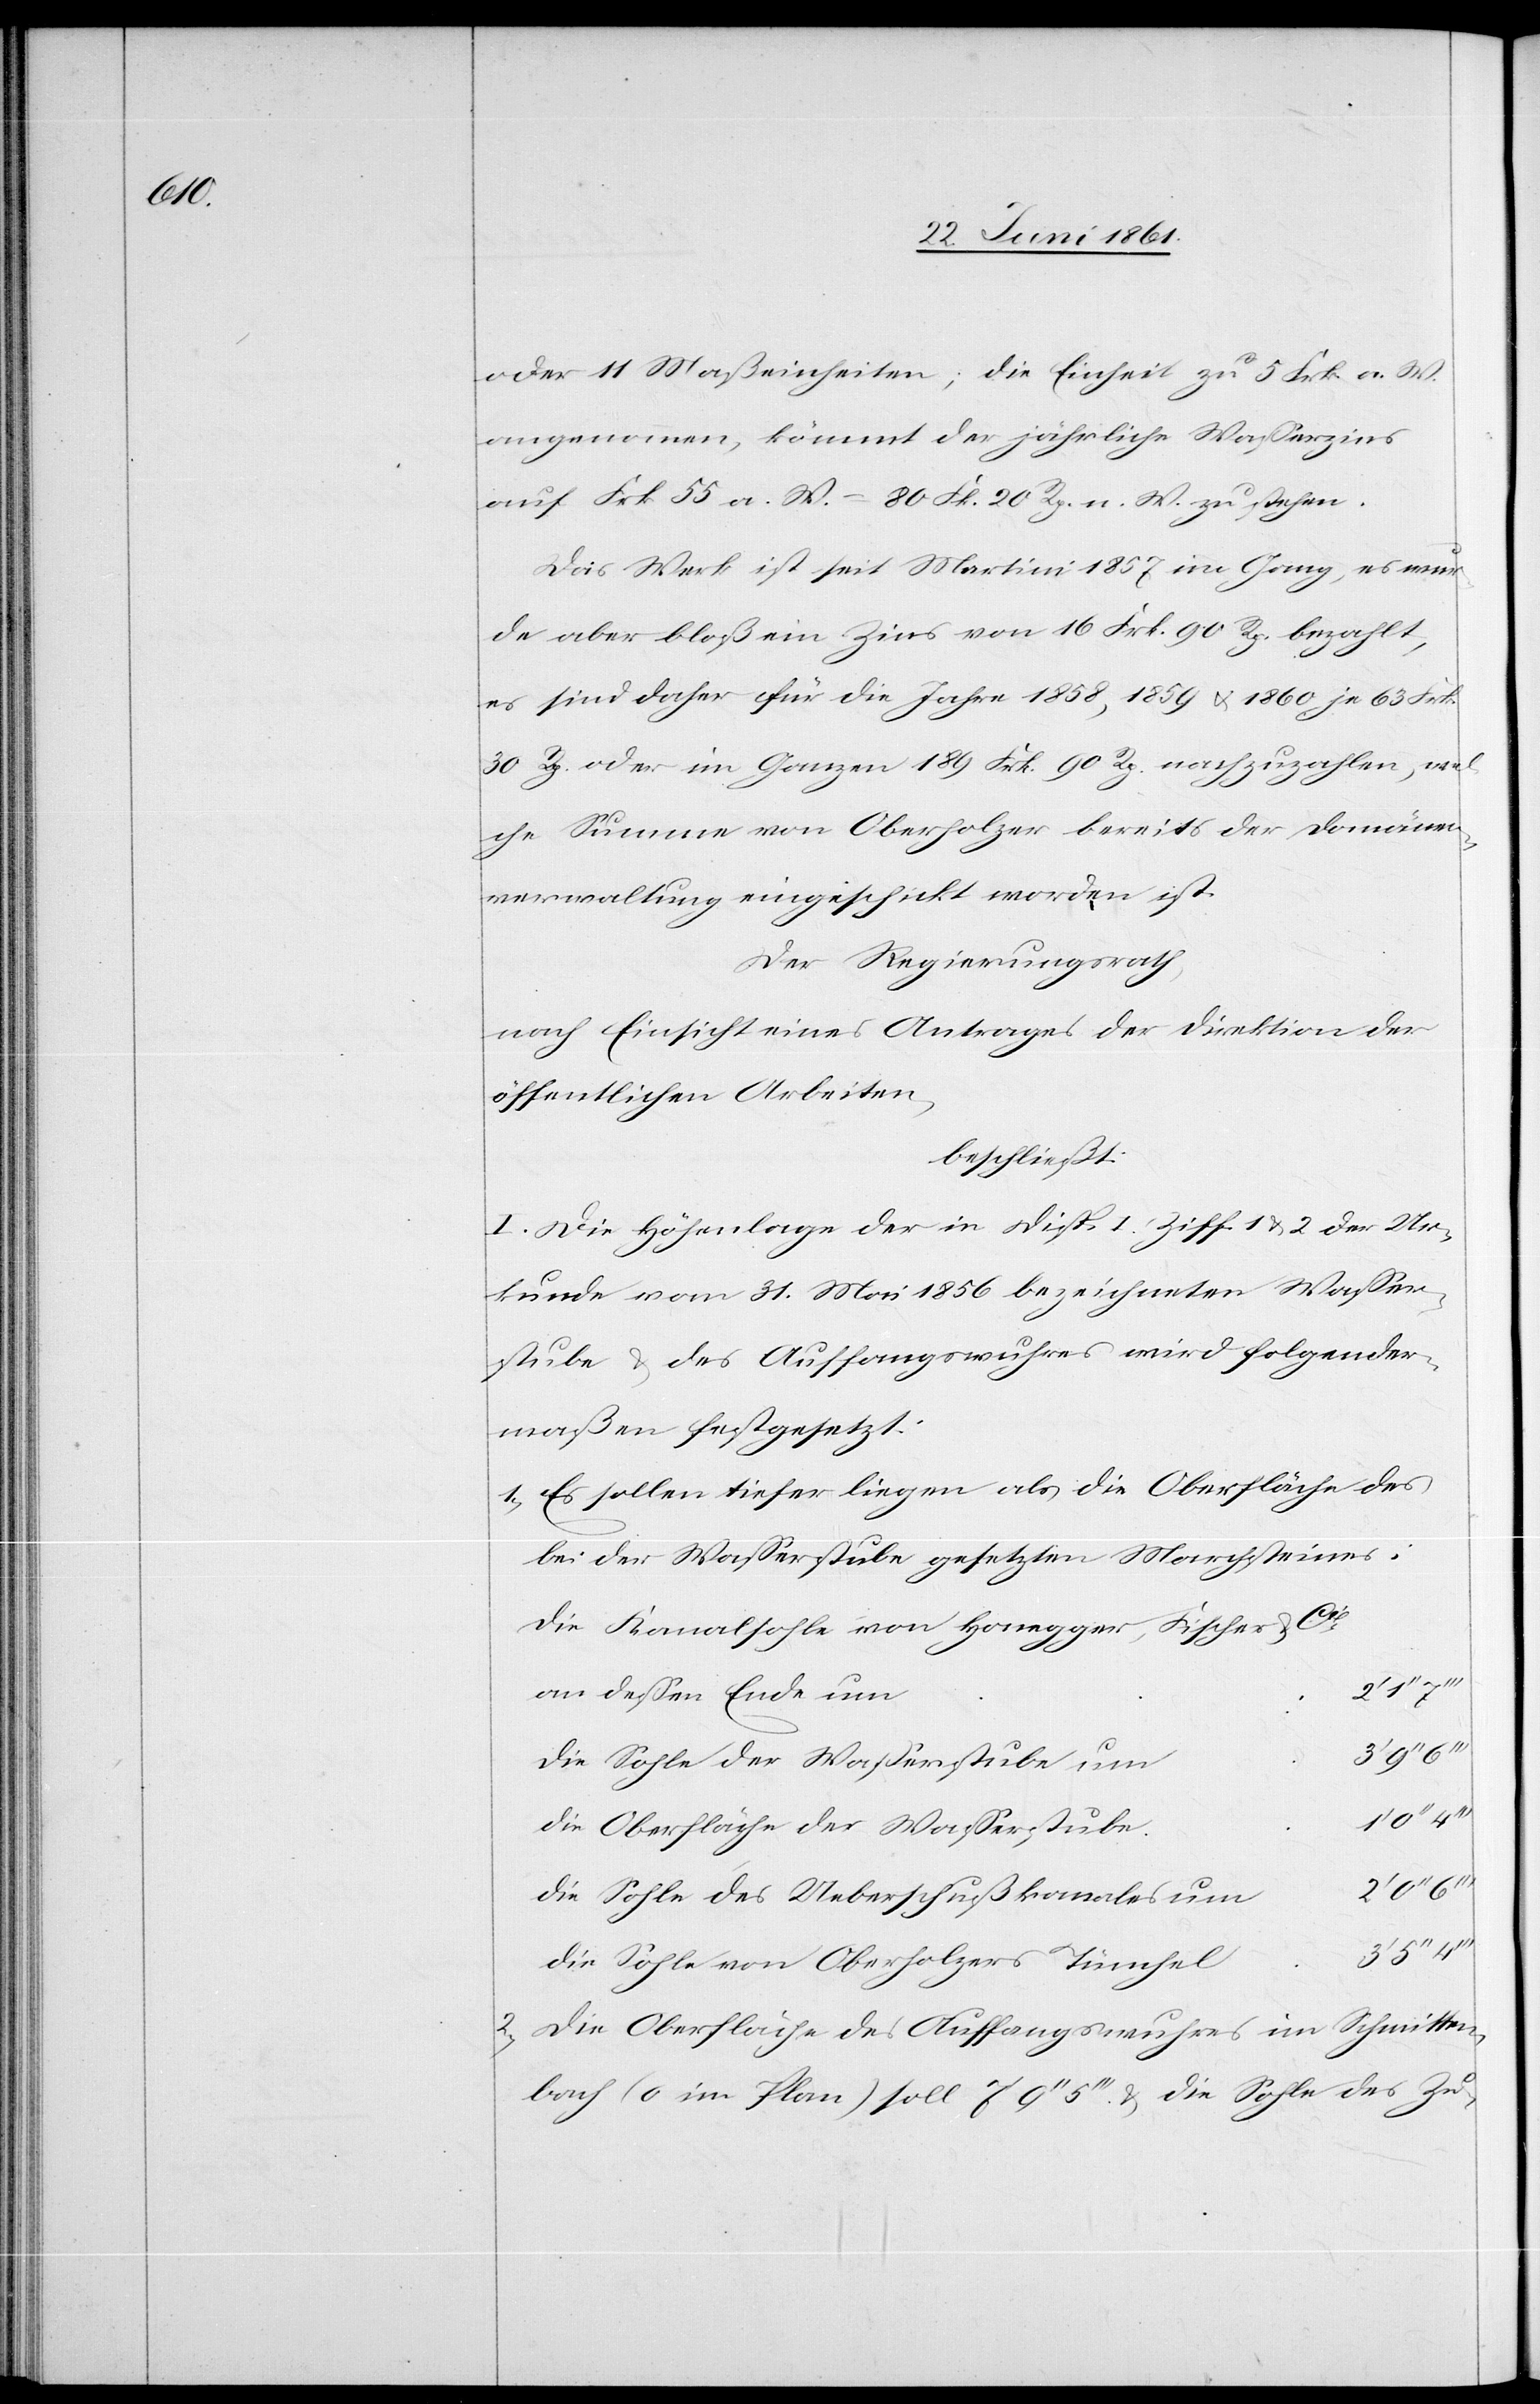
oder 11 Maßeinheiten; die Einheit zu 5 Frk. a. W.
angenommen, kömmt der jährliche Wasserzins
auf Frk. 55 a. W. = 80 Frk. 20 Rp. n. W. zu stehen.
Das Werk ist seit Martini 1857 im Gang, es wur¬
de aber bloß ein Zins von 16 Frk. 90 Rp. bezahlt,
es sind daher für die Jahre 1858, 1859 u. 1860 je 63 Frk.
30 Rp. oder im Ganzen 189 Frk. 90 Rp. nachzuzahlen, wel¬
che Summe von Oberholzer bereits der Domänen¬
verwaltung eingeschickt worden ist.
Der Regierungsrath,
nach Einsicht eines Antrages der Direktion der
öffentlichen Arbeiten,
beschließt:
I. Die Höhenlage der in Disp. I. Ziff. 1 u. 2 der Ur¬
kunde vom 31. Mai 1856 bezeichneten Wasser¬
stube u. des Auffangswuhres wird folgender¬
maßen festgesetzt:
1) Es sollen tiefer liegen als die Oberfläche des
bei der Wasserstube gesetzten Marchsteines:
Die Kanalsohle von Honegger, Fischer u.
Cie
an dessen Ende um
Die Sohle der Wasserstube um
Die Oberfläche der Wasserstube
1’
Die Sohle des Ueberschußkanales um
Die Sohle von Oberholzers Tünchel
2) Die Oberfläche des Auffangswuhres im Schmitten¬
bach (o im Plane) soll 7’ 9’’ 5’’’ u. die Sohle des Zu-